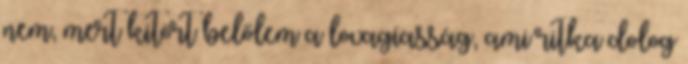
nem, mert kitört belőlem a lovagiasság, ami ritka dolog